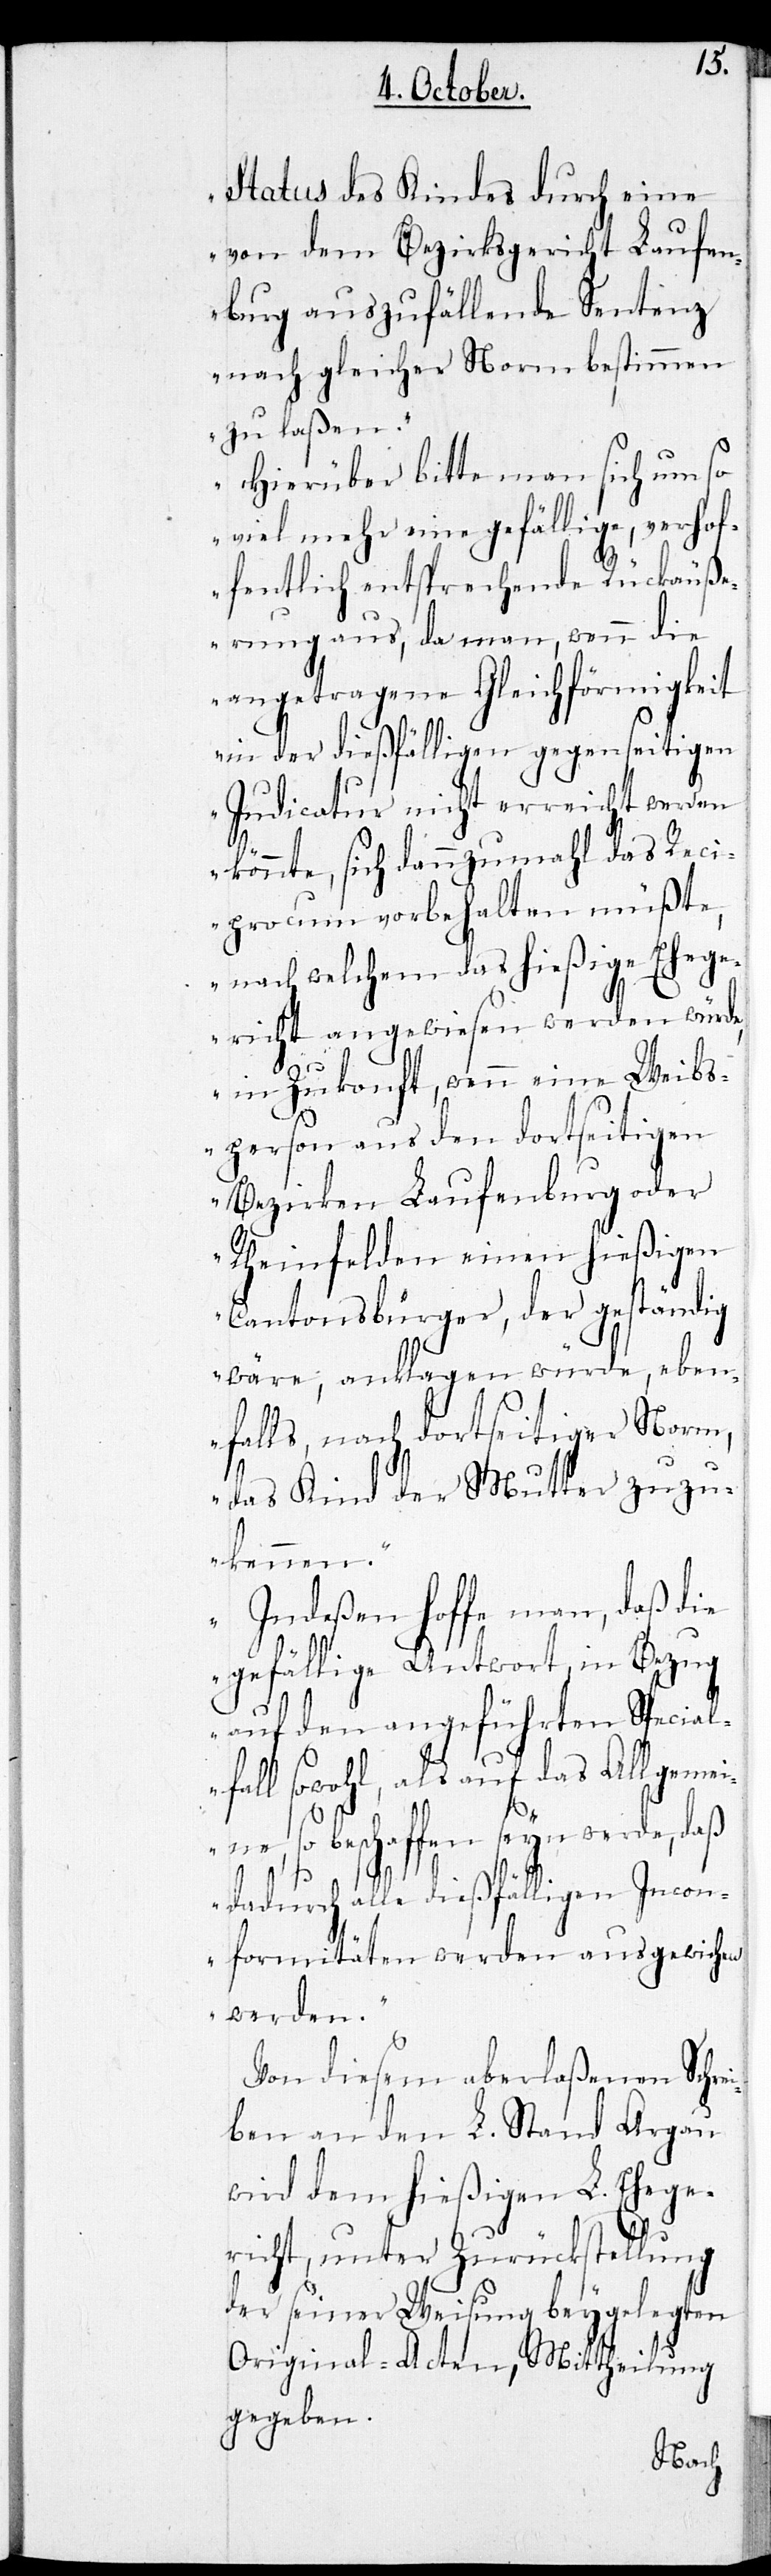
Status des Kindes durch eine
von dem Bezirksgericht Laufen¬
burg auszufällende Sentenz
nach gleicher Norm bestimmen
zu laßen.
Hierüber bitte man sich umso
viel mehr eine gefällige, verhof¬
fentlich entsprechende Rückäuß¬
erung aus, da man, wenn die
angetragene Gleichförmigkeit
in der dießfälligen gegenseitigen
Judicatur nicht erreicht werden
könnte, sich dannzumahl das Reci¬
procum vorbehalten müßte,
nach welchem das hießige Eheg¬
ericht angewiesen werden würde,
in Zukonft, wenn eine Weibs¬
person aus den dortseitigen
Bezirken Laufenburg oder
Rheinfelden einen hießigen
Cantonsbürger, der geständig
wäre, anklagen würde, ebe¬
Norm,
nfalls, nach dortseitiger
das Kind der Mutter zuzu¬
kennen.
Indeßen hoffe man, daß die
gefällige Antwort, im Bezug
auf den angeführten Specialf¬
all sowohl, als auf das Allgemei¬
ne, so beschaffen seyn werde, daß
dadurch alle dießfälligen Incon¬
formitäten werden ausgewichen
werden.“
Von diesem aberlaßenen Schre¬
iben an den L. Stand Aargau
wird dem hießigen L. Ehege¬
richt, unter Zurückstellung
der seiner Weisung beygelegten
Original-Acten, Mittheilung
gegeben.